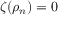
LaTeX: \zeta ( \rho _ { n } ) = 0